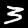
Digit: 3